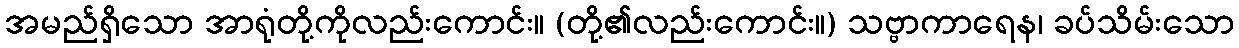
အမည်ရှိသော အာရုံတို့ကိုလည်းကောင်း။ (တို့၏လည်းကောင်း။) သဗ္ဗာကာရေန၊ ခပ်သိမ်းသော